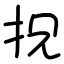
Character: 拀